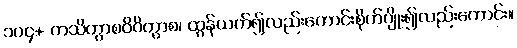
၁၀၄+ ကသိတွာစဝိဝိတွာစ၊ ထွန်ယက်၍လည်းကောင်းစိုက်ပျိုး၍လည်းကောင်း။